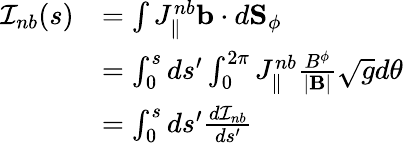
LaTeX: \begin{array}{rl}{\mathcal{I}_{nb}(s)}&{=\int{J_{\| }^{nb}\mathbf{b}\cdot d\textbf{S}_{\phi}}}\\ &{=\int_{0}^{s}ds^{\prime}\int_{0}^{2\pi}{J_{\| }^{nb}\frac{B^{\phi}}{|\mathbf{B}|}\sqrt{g}d\theta}}\\ &{=\int_{0}^{s}ds^{\prime}\frac{d\mathcal{I}_{nb}}{ds^{\prime}}}\end{array}